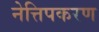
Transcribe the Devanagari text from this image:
नेत्तिपकरण